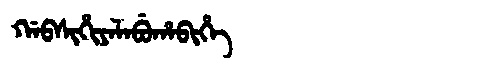
Manchu: ᡤᠠᠪᠰᡳᡥᡳᠶᠠᠯᠠᠪᡠᡥᠠᠪᡳᡥᡝ
Romanization: GABSIHIYALABUHABIHE